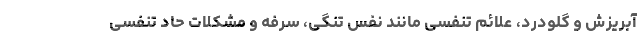
آبریزش و گلودرد، علائم تنفسی مانند نفس تنگی، سرفه و مشکلات حاد تنفسی